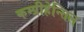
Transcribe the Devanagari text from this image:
कम्प्रीहेन्सिल